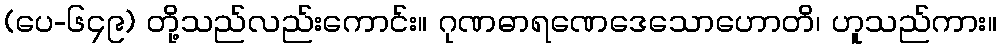
(ပေ-၆၄၉) တို့သည်လည်းကောင်း။ ဂုဏဓာရဏေဒေသောဟောတိ၊ ဟူသည်ကား။